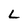
Character: L